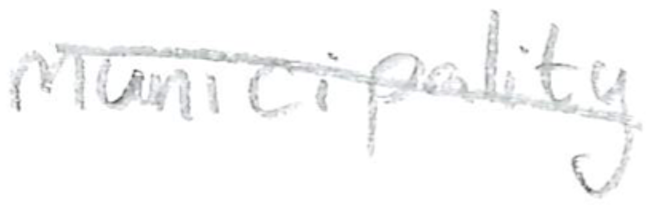
Text: municipality
Cross-out: diagonal
Writing tool: pencil